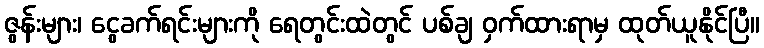
ဇွန်းများ၊ ငွေခက်ရင်းများကို ရေတွင်းထဲတွင် ပစ်ချ ဝှက်ထားရာမှ ထုတ်ယူနိုင်ပြီ။